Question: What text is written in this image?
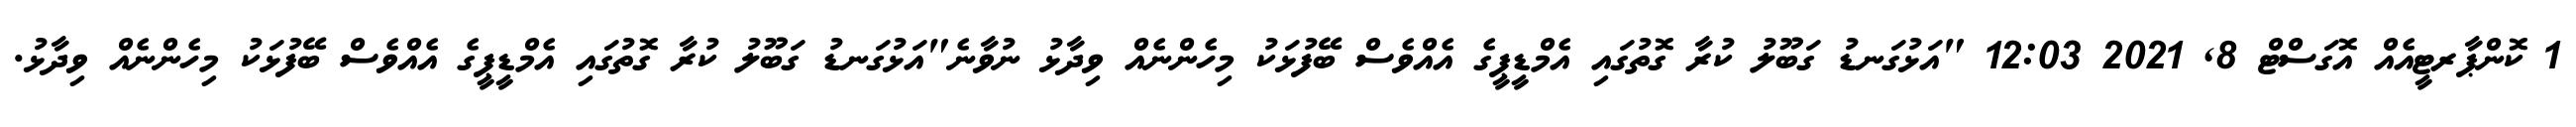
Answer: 1 ކޮންޕާރޓީއެއް އޮގަސްޓް 8, 2021 12:03 "އަޅުގަނޑު ގަބޫލު ކުރާ ގޮތުގައި އެމްޑީޕީގެ އެއްވެސް ބޭފުޅަކު މިހެންނެއް ވިދާޅު ނުވާނެ"އަޅުގަނޑު ގަބޫލު ކުރާ ގޮތުގައި އެމްޑީޕީގެ އެއްވެސް ބޭފުޅަކު މިހެންނެއް ވިދާޅު.